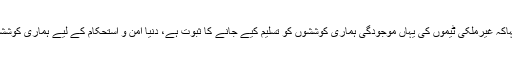
جنرل قمر باجوہ نے کہاکہ غیرملکی ٹیموں کی یہاں موجودگی ہماری کوششوں کو تسلیم کیے جانے کا ثبوت ہے، دنیا امن و استحکام کے لیے ہماری کوششوں کو تسلیم کرتی ہے۔